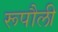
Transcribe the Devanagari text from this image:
रूपौली